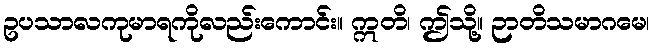
ဥပသာလကုမာရကိုလည်းကောင်း။ ဣတိ၊ ဤသို့။ ဉာတိသမာဂမေ၊